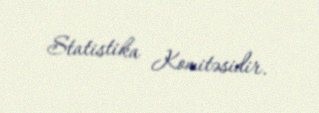
Statistika Komitəsidir.